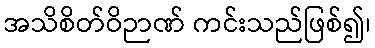
အသိစိတ်ဝိဉာဏ် ကင်းသည်ဖြစ်၍၊